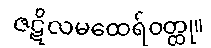
ဇဋိလမထေရ်ဝတ္ထု။